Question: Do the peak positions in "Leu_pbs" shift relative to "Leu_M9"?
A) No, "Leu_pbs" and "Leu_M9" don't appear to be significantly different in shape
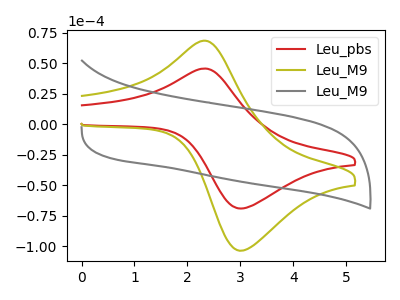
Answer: <think>The red curve "Leu_pbs" has an anodic peak at (2.30V, 45.50uA) and a cathodic peak at (3.05V, -69.00uA). The olive curve "Leu_M9" has an anodic peak at (2.30V, 68.20uA) and a cathodic peak at (3.05V, -103.50uA). The gray curve "Leu_M9" has no peaks.
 All the peaks in "Leu_pbs" have a peak in "Leu_M9" at the same potential. Every peak in "Leu_pbs" is lower than every peak in "Leu_M9".</think>
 <answer>A) No, "Leu_pbs" and "Leu_M9" don't appear to be significantly different in shape</answer>
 <eval>A</eval>